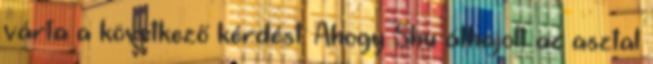
várta a következő kérdést. Ahogy Shu áthajolt az asztal